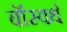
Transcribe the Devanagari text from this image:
बॉस्वर्थ